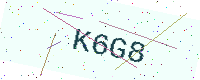
Text: K6G8